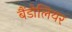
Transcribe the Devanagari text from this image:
बैंडोलियर